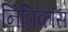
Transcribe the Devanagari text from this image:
निग्रिकाँस